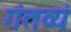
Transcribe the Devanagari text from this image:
गंतव्यं